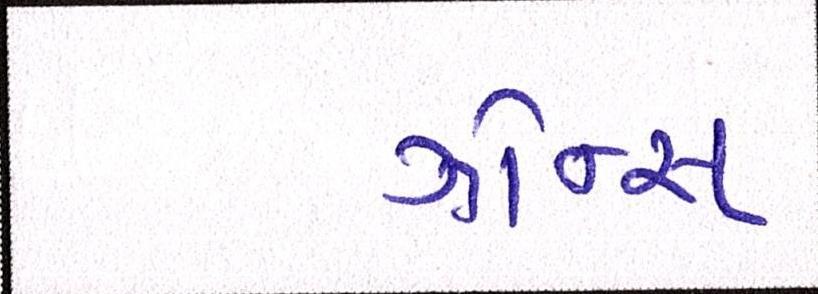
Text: ઝોન્સ